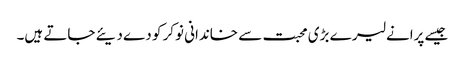
جیسے پرانے لیر ے بڑی محبت سے خاندانی نوکر کو دے دیئے جاتے ہیں۔